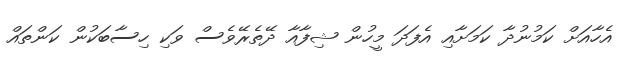
އެހާއަށް ކަމުނުދާ ކަމަށާއި އެފަދަ މީހުން ޝިފާއާ ދޭތެރޭވެސް ވަކި ހިސާބަކުން ކަންތައް